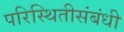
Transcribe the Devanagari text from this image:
परिस्थितीसंबंधी